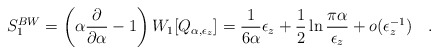
\begin{align*}S_1^{BW}=\left(\alpha{\partial \over \partial\alpha}-1\right)W_1[Q_{\alpha,\epsilon_z}]={1\over 6\alpha} \epsilon_z +\frac 12\ln{\pi\alpha \over \epsilon_z}+ o(\epsilon_z^{-1})~~~.\end{align*}